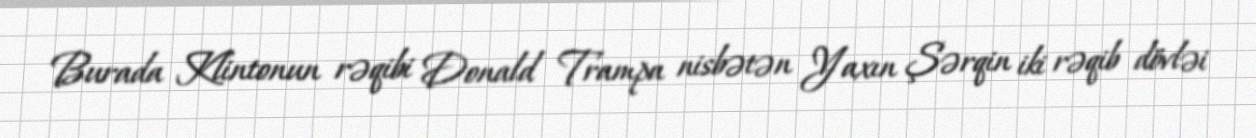
Burada Klintonun rəqibi Donald Trampa nisbətən Yaxın Şərqin iki rəqib dövləi